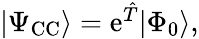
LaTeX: \begin{array}{r}{|\Psi_{\mathrm{CC}}\rangle=\mathrm{e}^{\hat{T}}|\Phi_{0}\rangle,}\end{array}